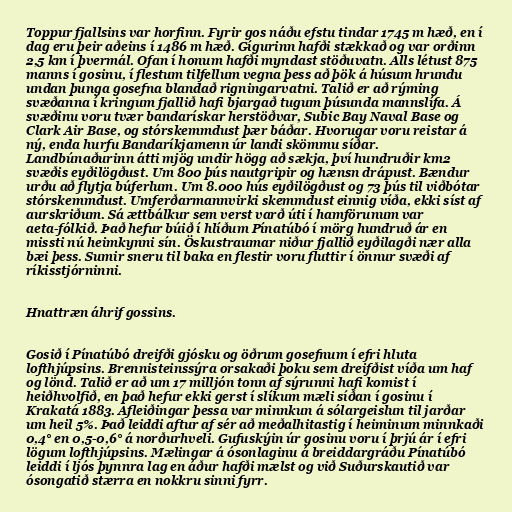
Toppur fjallsins var horfinn. Fyrir gos náðu efstu tindar 1745 m hæð, en í
dag eru þeir aðeins í 1486 m hæð. Gígurinn hafði stækkað og var orðinn
2,5 km í þvermál. Ofan í honum hafði myndast stöðuvatn. Alls létust 875
manns í gosinu, í flestum tilfellum vegna þess að þök á húsum hrundu
undan þunga gosefna blandað rigningarvatni. Talið er að rýming
svæðanna í kringum fjallið hafi bjargað tugum þúsunda mannslífa. Á
svæðinu voru tvær bandarískar herstöðvar, Subic Bay Naval Base og
Clark Air Base, og stórskemmdust þær báðar. Hvorugar voru reistar á
ný, enda hurfu Bandaríkjamenn úr landi skömmu síðar.
Landbúnaðurinn átti mjög undir högg að sækja, því hundruðir km2
svæðis eyðilögðust. Um 800 þús nautgripir og hænsn drápust. Bændur
urðu að flytja búferlum. Um 8.000 hús eyðilögðust og 73 þús til viðbótar
stórskemmdust. Umferðarmannvirki skemmdust einnig víða, ekki síst af
aurskriðum. Sá ættbálkur sem verst varð úti í hamförunum var
aeta-fólkið. Það hefur búið í hlíðum Pínatúbó í mörg hundruð ár en
missti nú heimkynni sín. Öskustraumar niður fjallið eyðilagði nær alla
bæi þess. Sumir sneru til baka en flestir voru fluttir í önnur svæði af
ríkisstjórninni.

Hnattræn áhrif gossins.

Gosið í Pínatúbó dreifði gjósku og öðrum gosefnum í efri hluta
lofthjúpsins. Brennisteinssýra orsakaði þoku sem dreifðist víða um haf
og lönd. Talið er að um 17 milljón tonn af sýrunni hafi komist í
heiðhvolfið, en það hefur ekki gerst í slíkum mæli síðan í gosinu í
Krakatá 1883. Afleiðingar þessa var minnkun á sólargeislun til jarðar
um heil 5%. Það leiddi aftur af sér að meðalhitastig í heiminum minnkaði
0,4° en 0,5-0,6° á norðurhveli. Gufuskýin úr gosinu voru í þrjú ár í efri
lögum lofthjúpsins. Mælingar á ósonlaginu á breiddargráðu Pínatúbó
leiddi í ljós þynnra lag en áður hafði mælst og við Suðurskautið var
ósongatið stærra en nokkru sinni fyrr.